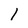
Character: 1